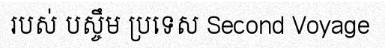
របស់ បស្ចឹម ប្រទេស Second Voyage